Annual report on the working of the mental hospitals in the Madras Presidency - 1912-1932
Year: 1912
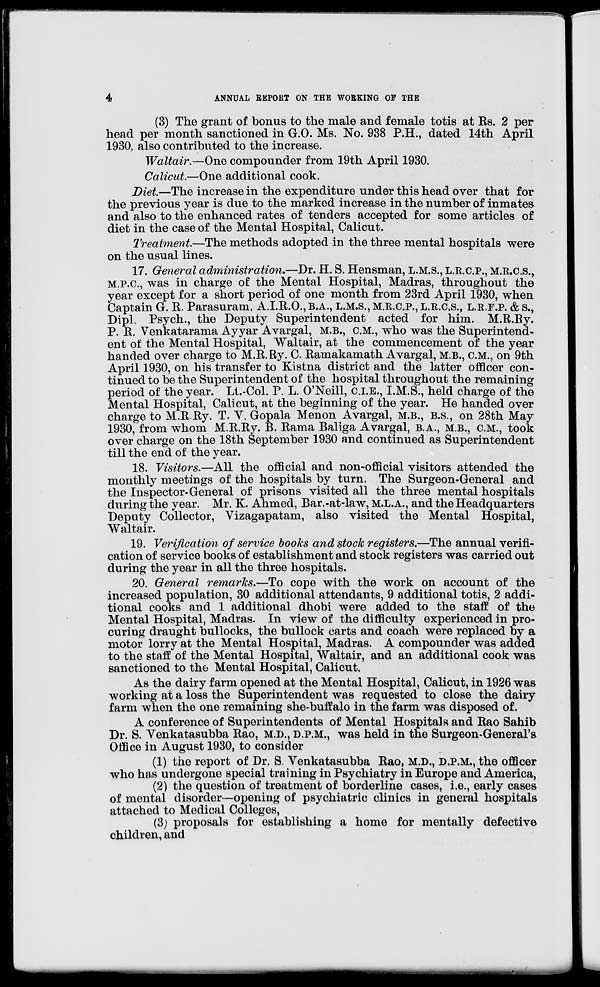
4
ANNUAL REPORT ON THE WORKING OF THE
(3) The grant of bonus to the male and female totis at Rs. 2 per
head per month sanctioned in G.O. Ms. No. 938 P.H., dated 14th April
1930, also contributed to the increase.
Waltair.—One compounder from 19th April 1930.
Calicut—One additional cook.
Diet—The increase in the expenditure under this head over that for
the previous year is due to the marked increase in the number of inmates
and also to the enhanced rates of tenders accepted for some articles of
diet in the case of the Mental Hospital, Calicut.
Treatment—The methods adopted in the three mental hospitals were
on the usual lines.
17. General administration.—Dr. H. S. Hensman, L.M.S., L.R.C.P., M.R.C.S.,
M.P.C., was in charge of the Mental Hospital, Madras, throughout the
year except for a short period of one month from 23rd April 1930, when
Captain G. R. Parasuram, A.I.R.O., B.A., L.M.S., M.R.C.P., L.R.C.S., L.R.F.P. & S.,
Dipl. Psych., the Deputy Superintendent acted for him. M.R.Ry.
P. R. Venkatarama Ayyar Avargal, M.B., C.M., who was the Superintend-
ent of the Mental Hospital, Waltair, at the commencement of the year
handed over charge to M.R.Ry. C. Ramakamath Avargal, M.B., C.M., on 9th
April 1930, on his transfer to Kistna district and the latter officer con-
tinued to be the Superintendent of the hospital throughout the remaining
period of the year. Lt.-Col. P. L. O'Neill, C.L.E., I.M.S., held charge of the
Mental Hospital, Calicut, at the beginning of the year. He handed over
charge to M.R Ry. T. V. Gopala Menon Avargal, M.B., B.S., on 28th May
1930, from whom M.R.Ry. B. Rama Baliga Avargal, B.A., M.B., C.M., took
over charge on the 18th September 1930 and continued as Superintendent
till the end of the year.
18. Visitors.—All the official and non-official visitors attended the
monthly meetings of the hospitals by turn. The Surgeon-General and
the Inspector-General of prisons visited all the three mental hospitals
during the year. Mr. K. Ahmed, Bar.-at-law, M.L.A., and the Headquarters
Deputy Collector, Vizagapatam, also visited the Mental Hospital,
Waltair.
19. Verification of service books and stock registers.—The annual verifi-
cation of service books of establishment and stock registers was carried out
during the year in all the three hospitals.
20. General remarks.—To cope with the work on account of the
increased population, 30 additional attendants, 9 additional totis, 2 addi-
tional cooks and 1 additional dhobi were added to the staff of the
Mental Hospital, Madras. In view of the difficulty experienced in pro-
curing draught bullocks, the bullock carts and coach were replaced by a
motor lorry at the Mental Hospital, Madras. A compounder was added
to the staff of the Mental Hospital, Waltair, and an additional cook was
sanctioned to the Mental Hospital, Calicut.
As the dairy farm opened at the Mental Hospital, Calicut, in 1926 was
working at a loss the Superintendent was requested to close the dairy
farm when the one remaining she-buffalo in the farm was disposed of.
A conference of Superintendents of Mental Hospitals and Rao Sahib
Dr. S. Venkatasubba Rao, M.D., D.P.M., was held in the Surgeon-General's
Office in August 1930, to consider
(1) the report of Dr. S. Venkatasubba Rao, M.D., D.P.M., the officer
who has undergone special training in Psychiatry in Europe and America,
(2) the question of treatment of borderline cases, i.e., early cases
of mental disorder—opening of psychiatric clinics in general hospitals
attached to Medical Colleges,
(3) proposals for establishing a home for mentally defective
children, and